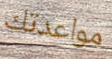
مواعدتك